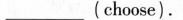
___ (choose).